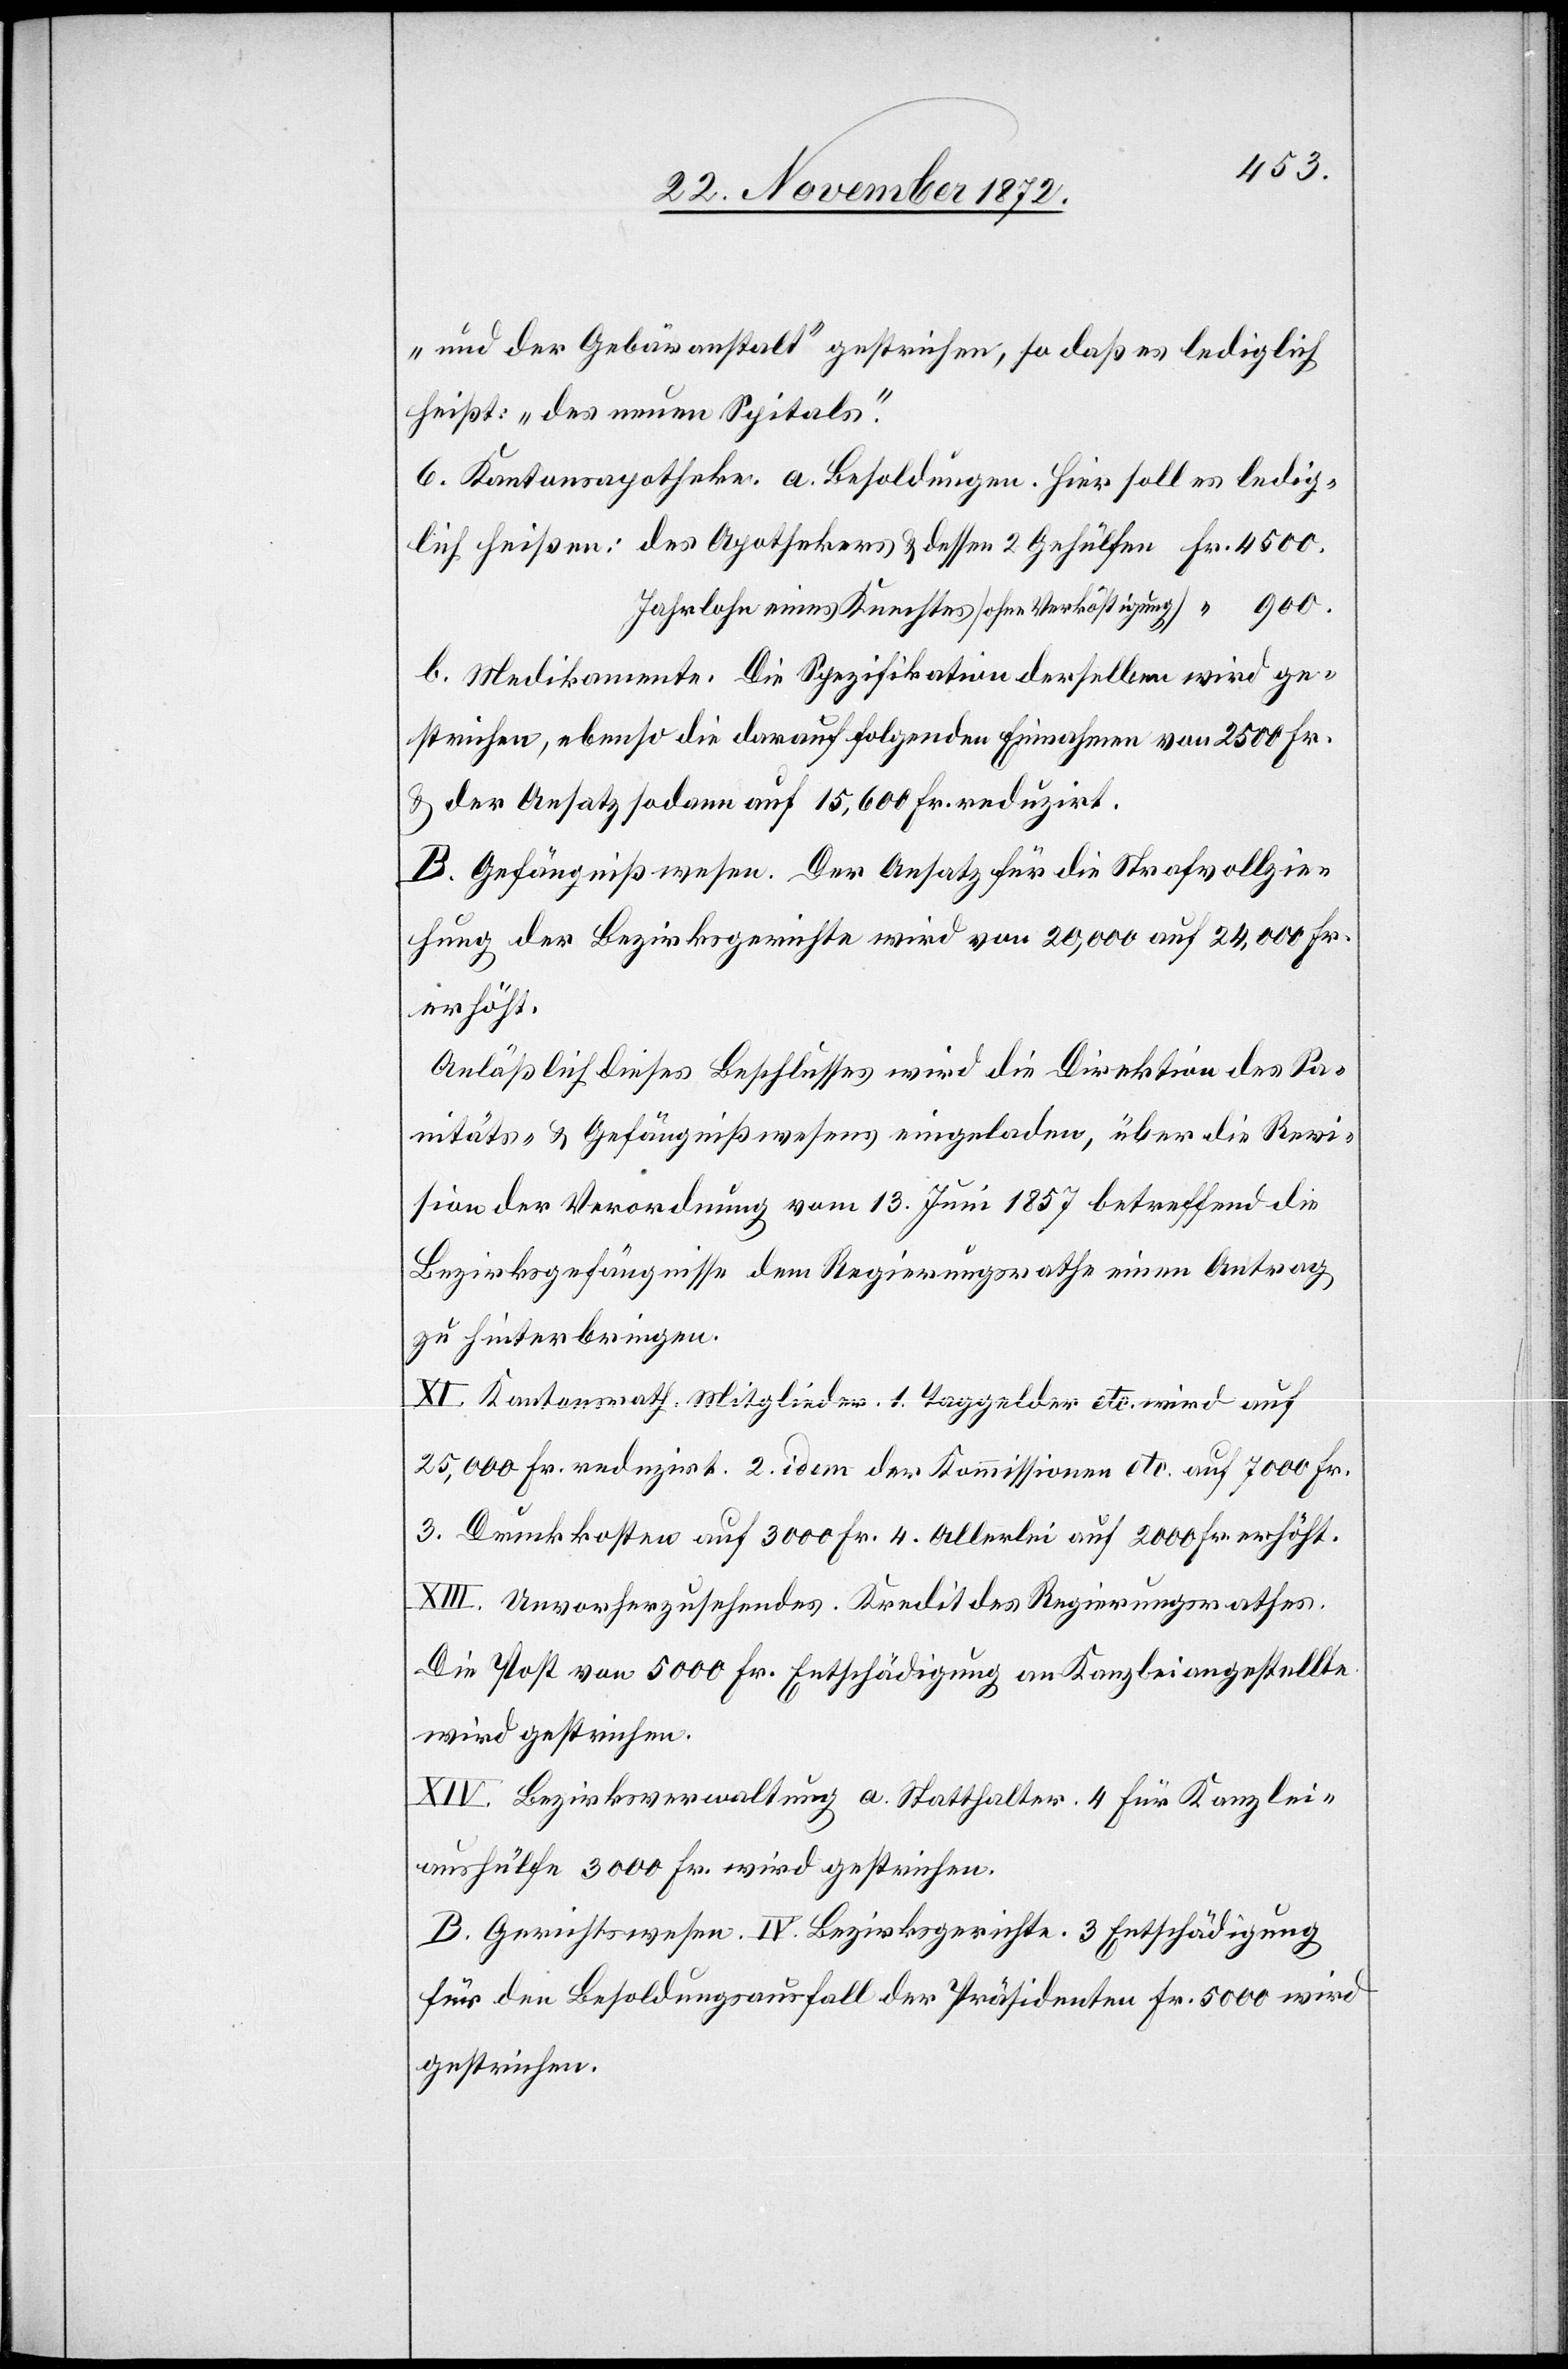
4500.
„und der Gebäranstalt“ gestrichen, so daß es lediglich
heißt: „des neuen Spitals“.
6. Kantonsapotheke. a. Besoldungen. Hier soll es ledig¬
Jahrlohn eines Knechtes [ohne Verköstigung]
b. Medikamente. Die Spezifikation derselben wird ge¬
strichen, ebenso die darauf folgenden Einnahmen von 2500 Fr.
u. der Ansatz sodann auf 15,600 Fr. reduzirt.
B. Gefängnißwesen. Der Ansatz für die Strafvollzie¬
hung der Bezirksgerichte wird von 20,000 auf 24,000 Fr.
erhöht.
Anläßlich dieses Beschlusses wird die Direktion des Sa¬
nitäts- u. Gefängnißwesens eingeladen, über die Revi¬
sion der Verordnung vom 13. Juni 1857 betreffend die
Bezirksgefängnisse dem Regierungsrathe einen Antrag
zu hinterbringen.
XI. Kantonsrath. Mitglieder. 1. Taggelder etc. wird auf
25,000 Fr. reduzirt. 2. idem der Kommissionen etc. auf 7000 Fr.
3. Druckkosten auf 3000 Fr. 4. Allerlei auf 2000 Fr. erhöht.
XIII. Unvorherzusehendes. Kredit des Regierungsrathes.
Die Post von 5000 Fr. Entschädigung an Kanzleiangestellte
wird gestrichen.
XIV. Bezirksverwaltung a. Statthalter. 4 für Kanzlei¬
aushülfe 3000 Fr. wird gestrichen.
B. Gerichtswesen. IV. Bezirksgerichte. 3 Entschädigung
für den Besoldungsausfall der Präsidenten Fr. 5000 wird
gestrichen.